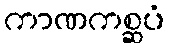
ကာဏကစ္ဆပံ